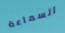
السماعة